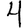
Digit: 4